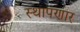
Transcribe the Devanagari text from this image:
स्थापणार